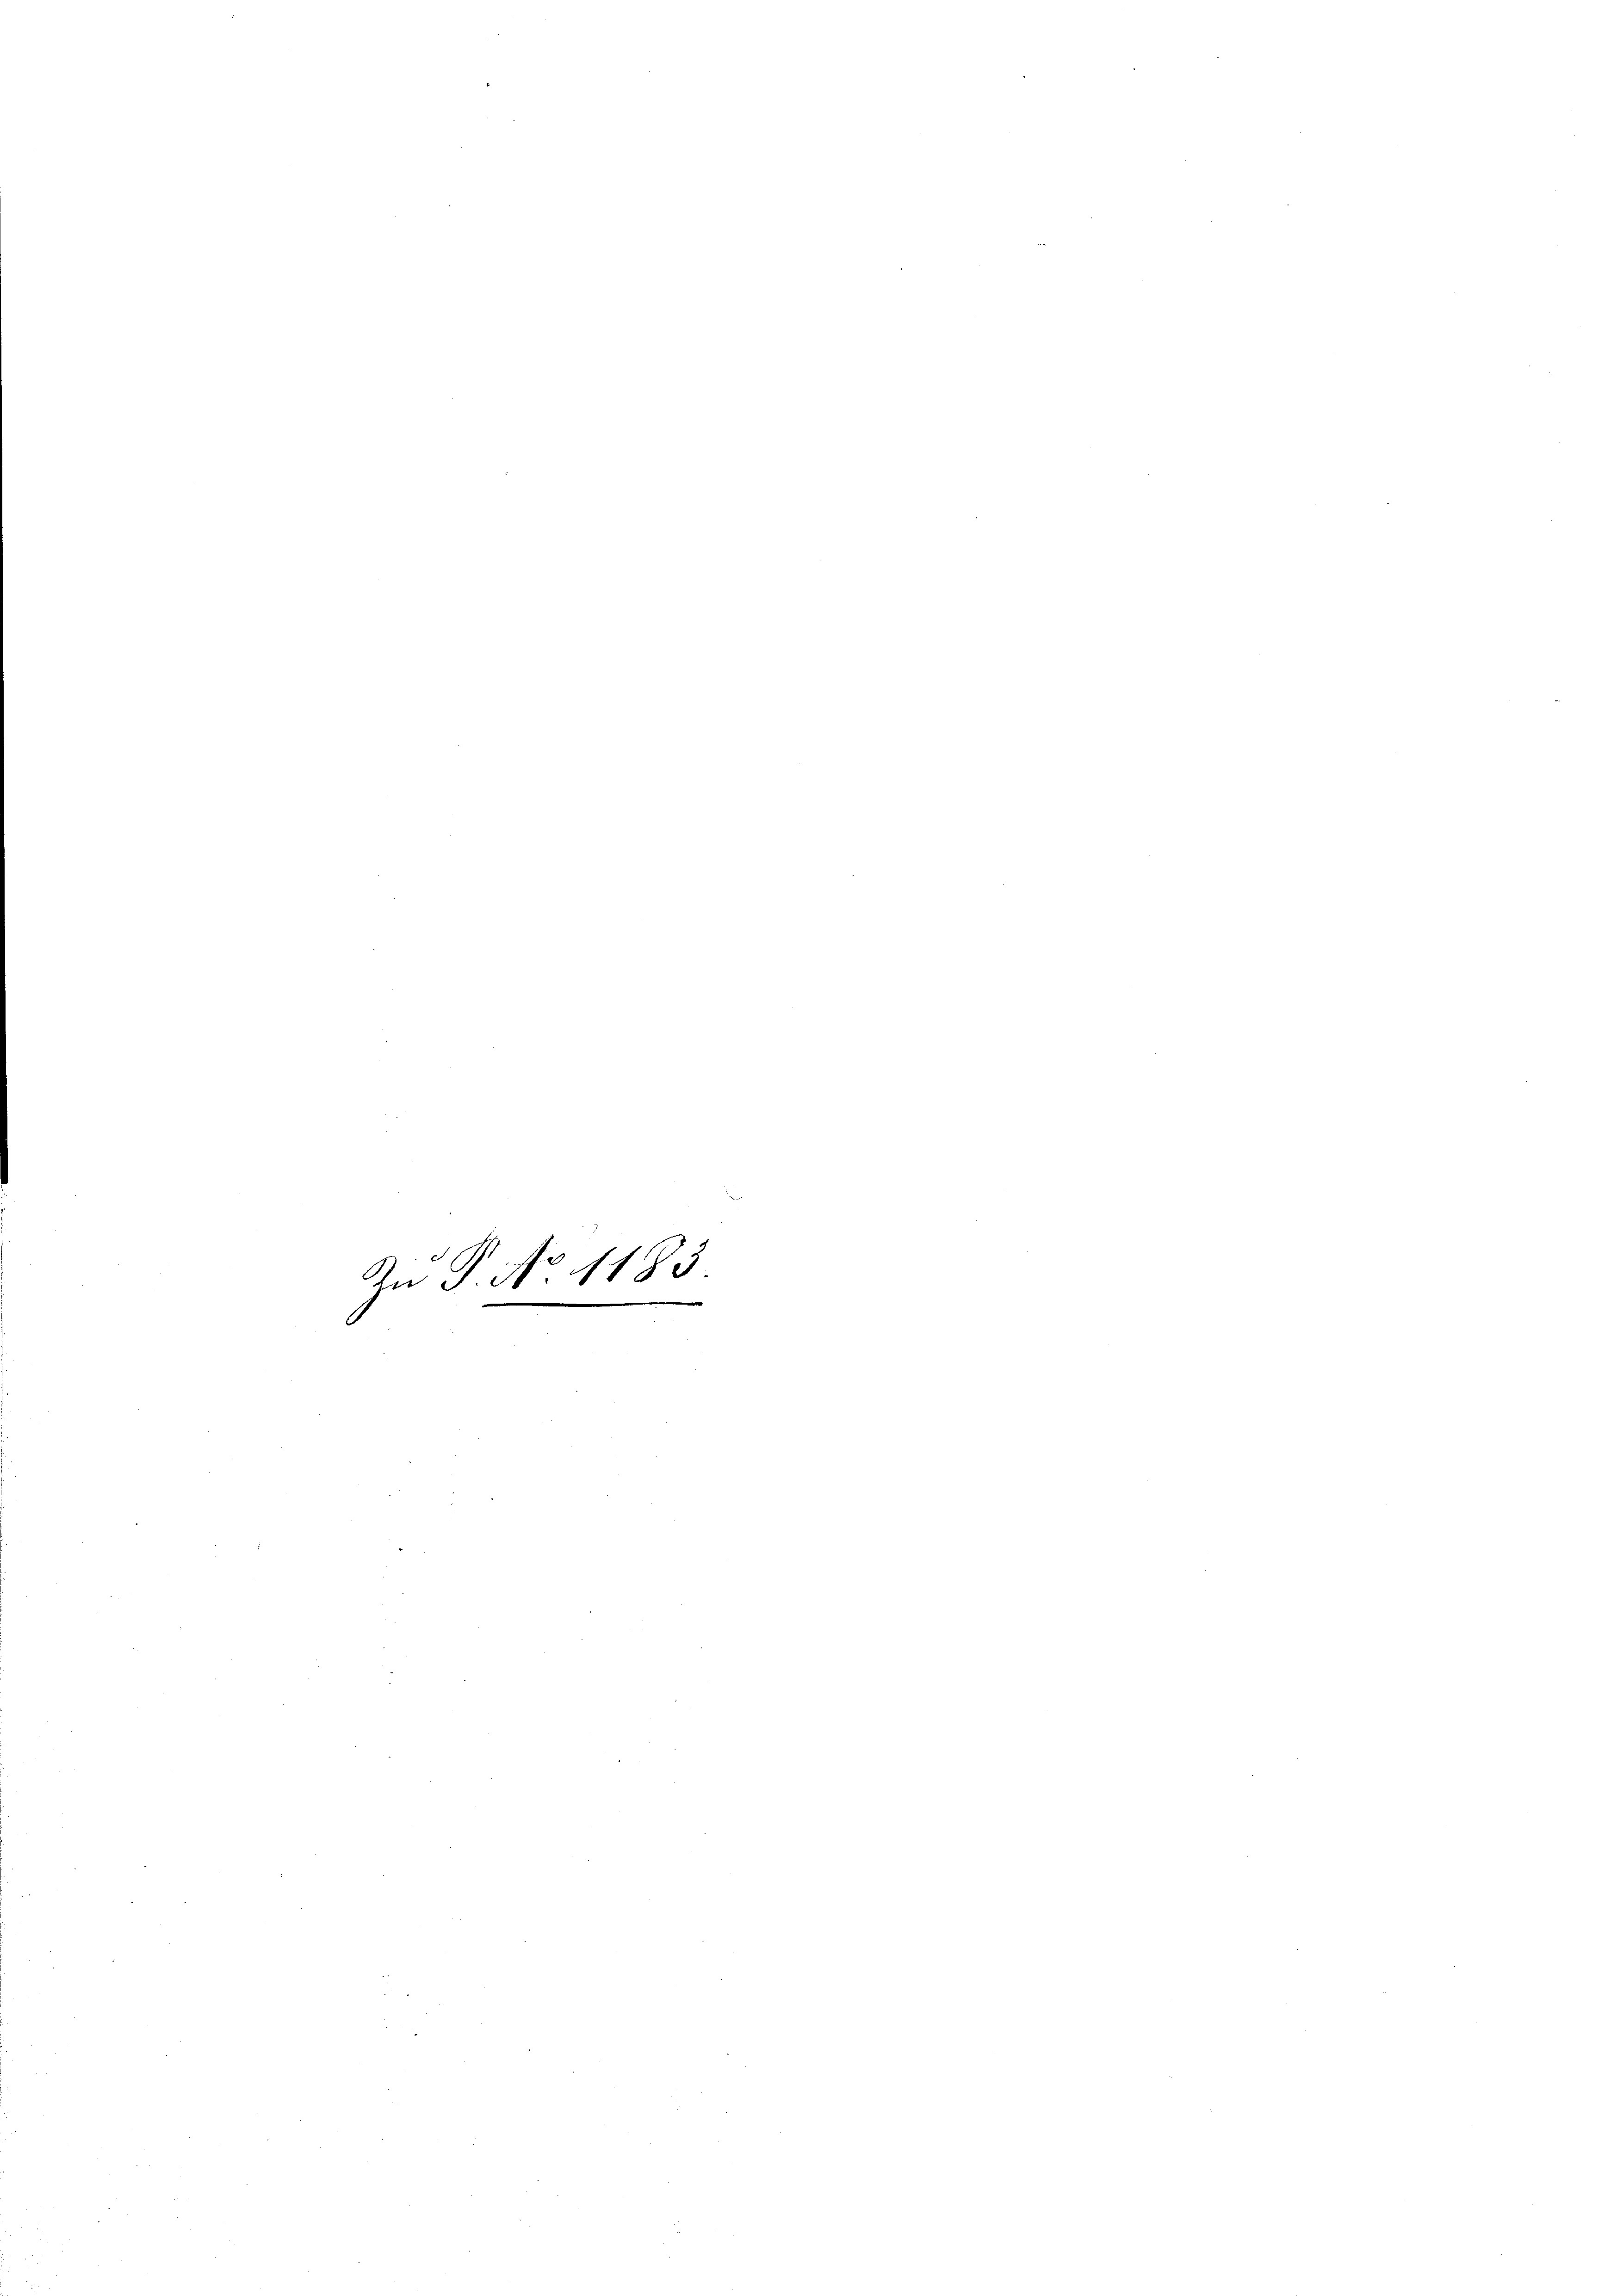
4.
In S. 30 1185